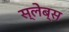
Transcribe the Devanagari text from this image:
स्लेब्स